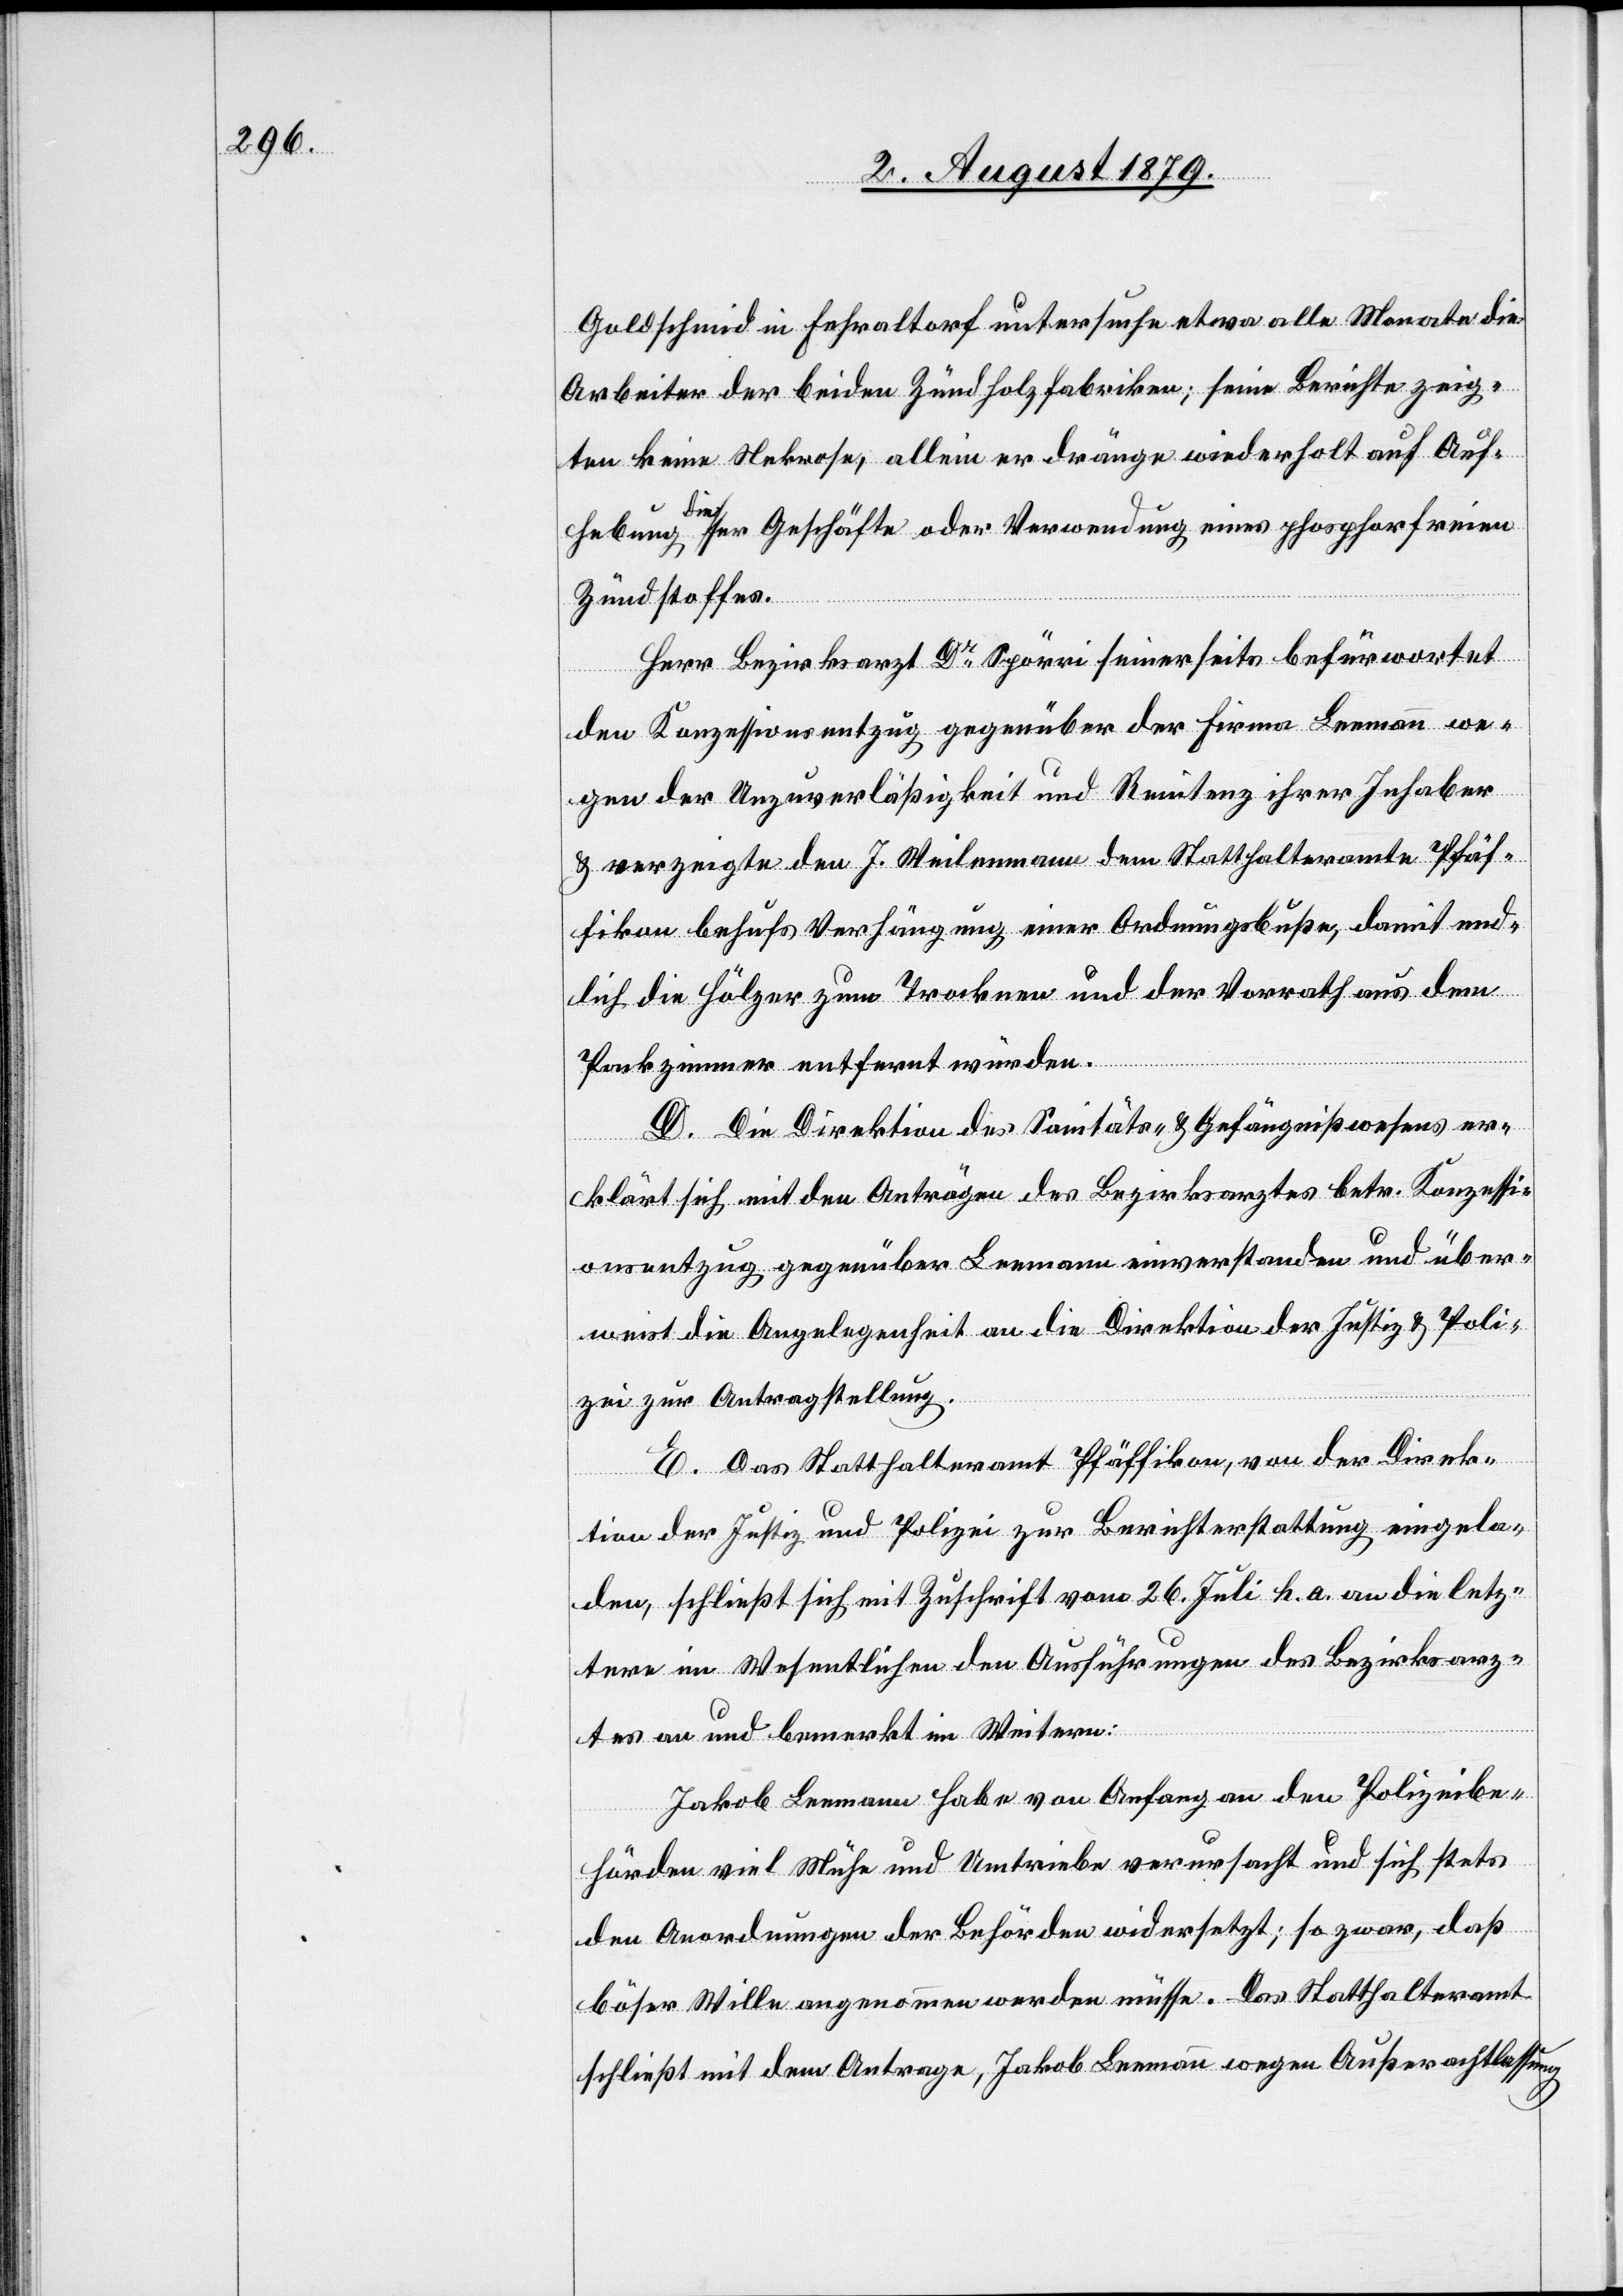
Goldschmid in Fehraltorf untersuche etwa alle Monate die
Arbeiter der beiden Zündholzfabriken; seine Berichte zeig¬
ten keine Nekrose, allein er dränge wiederholt auf Auf¬
hebung dieser Geschäfte oder Verwendung eines phosphorfreien
Zündstoffes.
Herr Bezirksarzt Dr Spörri seinerseits befürwortet
den Konzessionsentzug gegenüber der Firma Leemann we¬
gen der Unzuverlässigkeit und Renitenz ihrer Inhaber
& verzeigte den J. Weilenmann dem Statthalteramt Pfäf¬
fikon behufs Verhängung einer Ordnungsbuße, damit end¬
lich die Hölzer zum Trocknen und der Vorrath aus dem
Packzimmer entfernt würden.
D. Die Direktion des Sanitäts- & Gefängnißwesens er¬
klärt sich mit den Anträgen des Bezirksarztes betr. Konzessi¬
onsentzug gegenüber Leemann einverstanden und über¬
weist die Angelegenheit an die Direktion der Justiz & Poli¬
zei zur Antragstellung.
E. Das Statthalteramt Pfäffikon, von der Direk¬
tion der Justiz und Polizei zur Berichterstattung eingela¬
den, schließt sich mit Zuschrift vom 26. Juli h. a. an die letz¬
tere im Wesentlichen den Ausführungen des Bezirksarz¬
tes an und bemerkt im Weitern:
Jakob Leemann habe von Anfang an den Polizeibe¬
hörden viel Mühe und Umtriebe verursacht und sich stets
den Anordnungen der Behörden widersetzt; so zwar, daß
böser Willen angenommen werden müsse. Das Statthalteramt
schließt mit dem Antrage, Jakob Leemann wegen Außerachtlassung